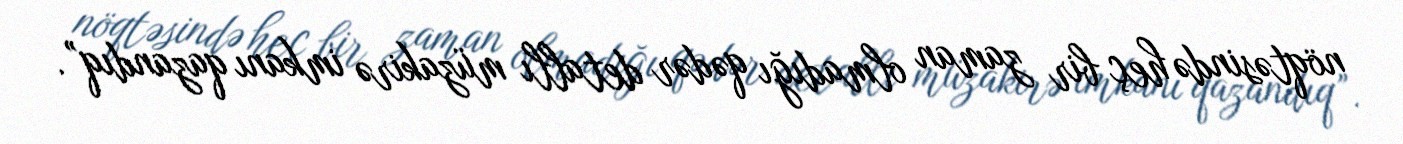
nöqtəsində heç bir zaman olmadığı qədər detallı müzakirə imkanı qazandıq”.